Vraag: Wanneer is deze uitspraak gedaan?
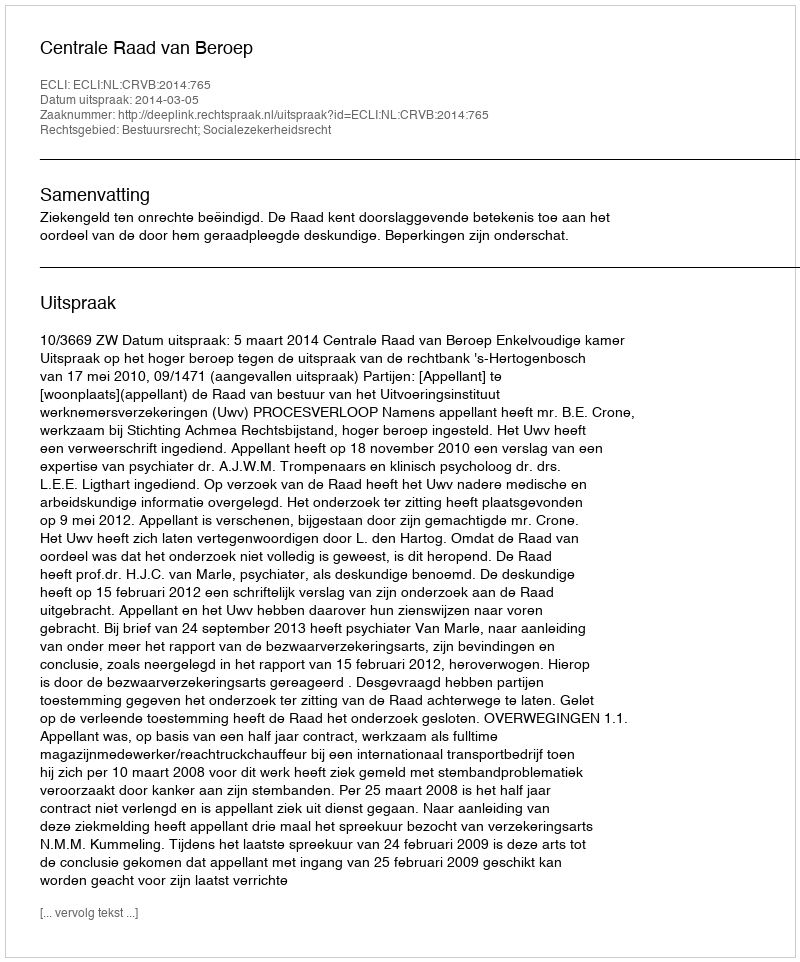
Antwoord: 2014-03-05